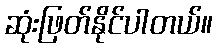
ဆုံးဖြတ်နိုင်ပါတယ်။